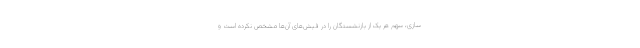
سازی، سهم هر یک از بازنشستگان را در فیش‌های آن‌ها مشخص نکرده است و